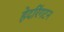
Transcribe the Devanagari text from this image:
हेदरिंगटन